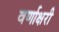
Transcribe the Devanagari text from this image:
वर्णाक्षरी